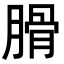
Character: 𦞽